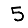
Digit: 5